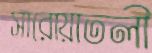
সারোয়াতলী